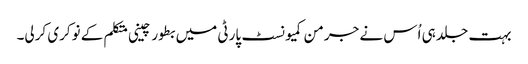
بہت جلد ہی اُس نے جرمن کمیونسٹ پارٹی میں بطور چینی متکلم کے نوکری کرلی۔